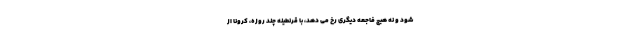
شود و نه هیچ فاجعه دیگری رخ می دهد، با قرنطینه چند روزه، کرونا از